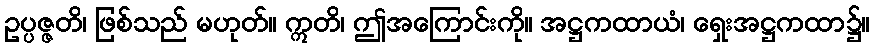
ဥပ္ပဇ္ဇတိ၊ ဖြစ်သည် မဟုတ်။ ဣတိ၊ ဤအကြောင်းကို။ အဋ္ဌကထာယံ၊ ရှေးအဋ္ဌကထာ၌။